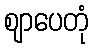
ဈာပေတုံ